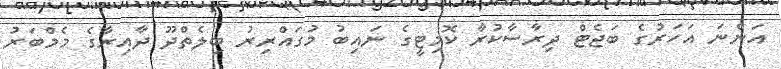
އަންނަ އަހަރުގެ ބަޖެޓް ދިރާސާކުރާ ކޮމިޓީގެ ނައިބު މުގައްރިރު ބިލެތްދޫ ދާއިރާގެ މެމްބަރު